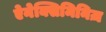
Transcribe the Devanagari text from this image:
ऐनेक्सिमिनिज़